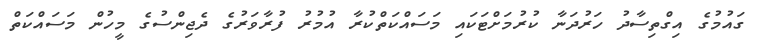
ގައުމުގެ އިގްތިސާދު ހަރުދަނާ ކުރުމަށްޓަކައި މަސައްކަތްކުރާ އުމުރު ފުރާވަރުގެ ދެޖިންސުގެ މީހުން މަސައްކަތް